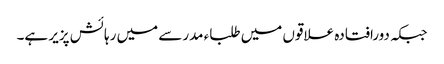
جبکہ دورافتادہ علاقوں میں طلباء مدرسے میں رہائش پزیر ہے۔